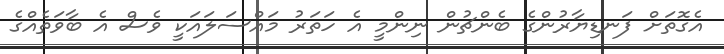
އެގޮތަށް ފަނޑިޔާރުންގެ ބެންޗުން ނިންމީ އެ ހަތަރު މައްސަލައަކީ ވެސް އެ ބާވަތެއްގެ